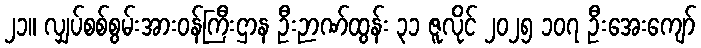
၂၁။ လျှပ်စစ်စွမ်းအားဝန်ကြီးဌာန ဦးဉာဏ်ထွန်း ၃၁ ဇူလိုင် ၂၀၂၅ ၁၀၇ ဦးအေးကျော်